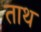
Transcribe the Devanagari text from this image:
ताथ